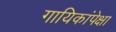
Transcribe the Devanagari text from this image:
गायिकांपेक्षा